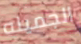
الجميله